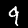
Label: 9